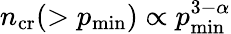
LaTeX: n_{\mathrm{cr}}(>p_{\mathrm{min}})\propto p_{\mathrm{min}}^{3-\alpha}